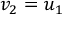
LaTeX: \ v _ { 2 } = u _ { 1 }